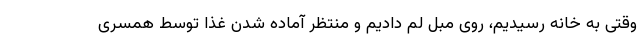
وقتی به خانه رسیدیم، روی مبل لم دادیم و منتظر آماده شدن غذا توسط همسری